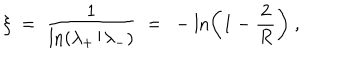
\xi \ = \ \frac { 1 } { \ln ( \lambda _ { + } / \lambda _ { - } ) } \ = \ - \ln \left( 1 - \frac { 2 } { R } \right) \ ,